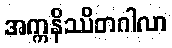
အက္ကနိဿိတဂါလာ